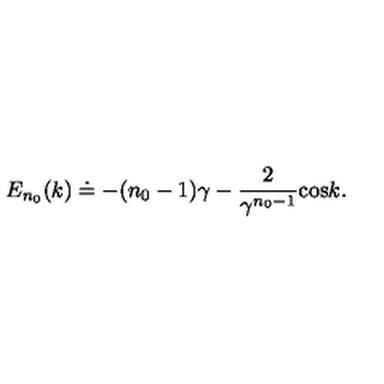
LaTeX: E _ { n _ { 0 } } ( k ) \doteq - ( n _ { 0 } - 1 ) \gamma - { \frac { 2 } { \gamma \sp { n _ { 0 } - 1 } } } \mathrm { c o s } k .